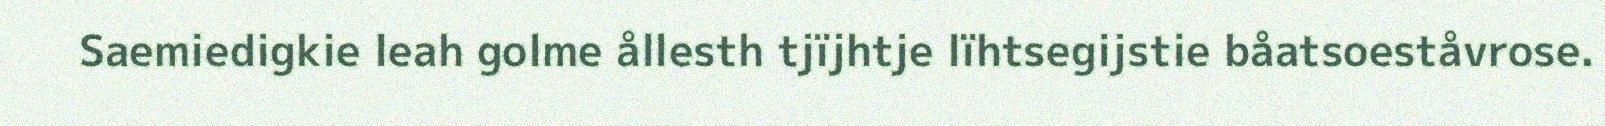
Saemiedigkie leah golme ållesth tjïjhtje lïhtsegijstie båatsoeståvrose.